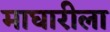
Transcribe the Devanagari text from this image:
माघारीला